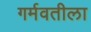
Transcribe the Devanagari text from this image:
गर्मवतीला